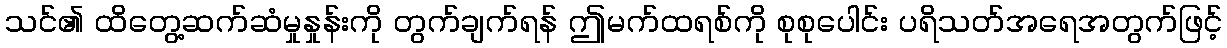
သင်၏ ထိတွေ့ဆက်ဆံမှုနှုန်းကို တွက်ချက်ရန် ဤမက်ထရစ်ကို စုစုပေါင်း ပရိသတ်အရေအတွက်ဖြင့်